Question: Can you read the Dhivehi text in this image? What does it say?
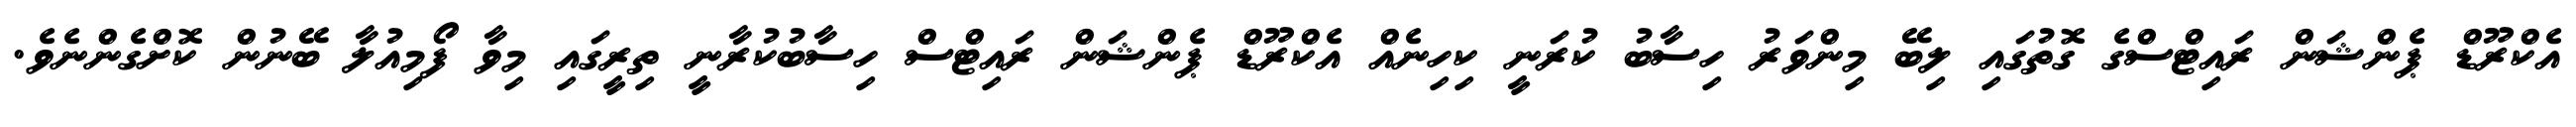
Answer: އެކްރޫޑް ޕެންޝަން ރައިޓްސްގެ ގޮތުގައި ލިބޭ މިންވަރު ހިސާބު ކުރަނީ ކިހިނެއް އެކްރޫޑް ޕެންޝަން ރައިޓްސް ހިސާބުކުރާނީ ތިރީގައި މިވާ ފޯމިއުލާ ބޭނުން ކޮށްގެންނެވެ.